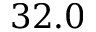
3 2 . 0